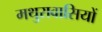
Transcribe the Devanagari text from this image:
मथुरावासियों